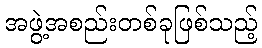
အဖွဲ့အစည်းတစ်ခုဖြစ်သည့်